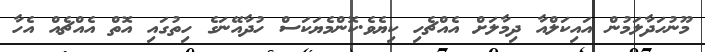
މޫނުހަދާލަމުން އައިކަލްއާ ދިމާލަށް އެއްޗެހި ކިޔެވެ.ކޮންމެޔަކަސް ހުދާއޭނަގެ ހިތުގައި އޮތް އެއްޗެއް އެހާ